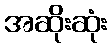
အဆိုးဆုံး